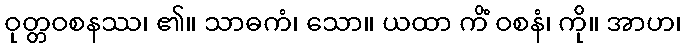
ဝုတ္တဝစနဿ၊ ၏။ သာဓကံ၊ သော။ ယထာ ကိံ ဝစနံ၊ ကို။ အာဟ၊